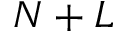
N + L